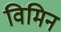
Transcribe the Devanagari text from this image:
विमिन